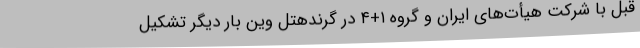
قبل با شرکت هیأت‌های ایران و گروه ۱+۴ در گرندهتل وین بار دیگر تشکیل